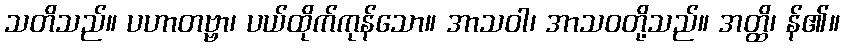
သတိသည်။ ပဟာတဗ္ဗာ၊ ပယ်ထိုက်ကုန်သော။ အာသဝါ၊ အာသဝတို့သည်။ အတ္ထိ၊ န်၏။